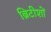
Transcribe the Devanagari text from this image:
ब्रिटीशों